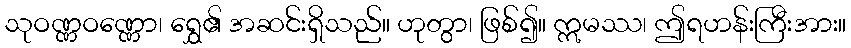
သုဝဏ္ဏဝဏ္ဏော၊ ရွှေ၏ အဆင်းရှိသည်။ ဟုတွာ၊ ဖြစ်၍။ ဣမဿ၊ ဤရဟန်းကြီးအား။